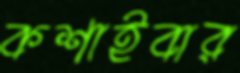
কশাইবার